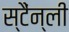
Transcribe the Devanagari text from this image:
स्टैंन्ली